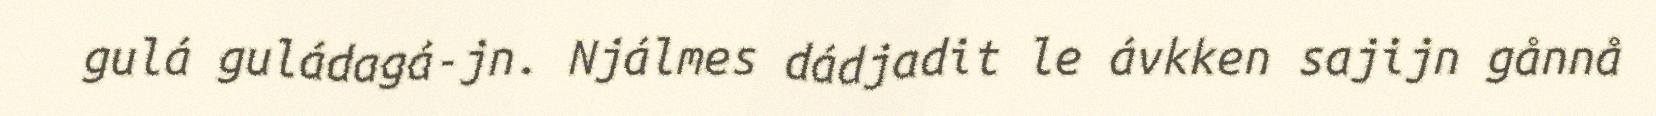
gulá guládagá-jn. Njálmes dádjadit le ávkken sajijn gånnå